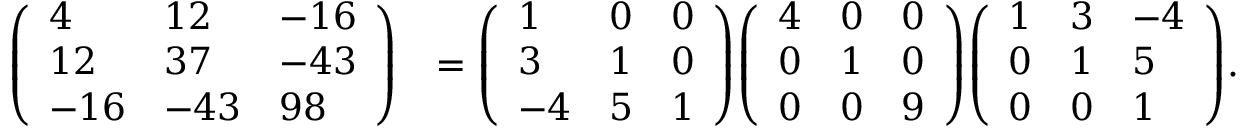
{ \begin{array} { r l } { { \left( \begin{array} { l l l } { 4 } & { 1 2 } & { - 1 6 } \\ { 1 2 } & { 3 7 } & { - 4 3 } \\ { - 1 6 } & { - 4 3 } & { 9 8 } \end{array} \right) } } & { = { \left( \begin{array} { l l l } { 1 } & { 0 } & { 0 } \\ { 3 } & { 1 } & { 0 } \\ { - 4 } & { 5 } & { 1 } \end{array} \right) } { \left( \begin{array} { l l l } { 4 } & { 0 } & { 0 } \\ { 0 } & { 1 } & { 0 } \\ { 0 } & { 0 } & { 9 } \end{array} \right) } { \left( \begin{array} { l l l } { 1 } & { 3 } & { - 4 } \\ { 0 } & { 1 } & { 5 } \\ { 0 } & { 0 } & { 1 } \end{array} \right) } . } \end{array} }